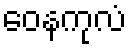
ဝေနကုလံ